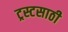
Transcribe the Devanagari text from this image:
ट्रस्टसाठी